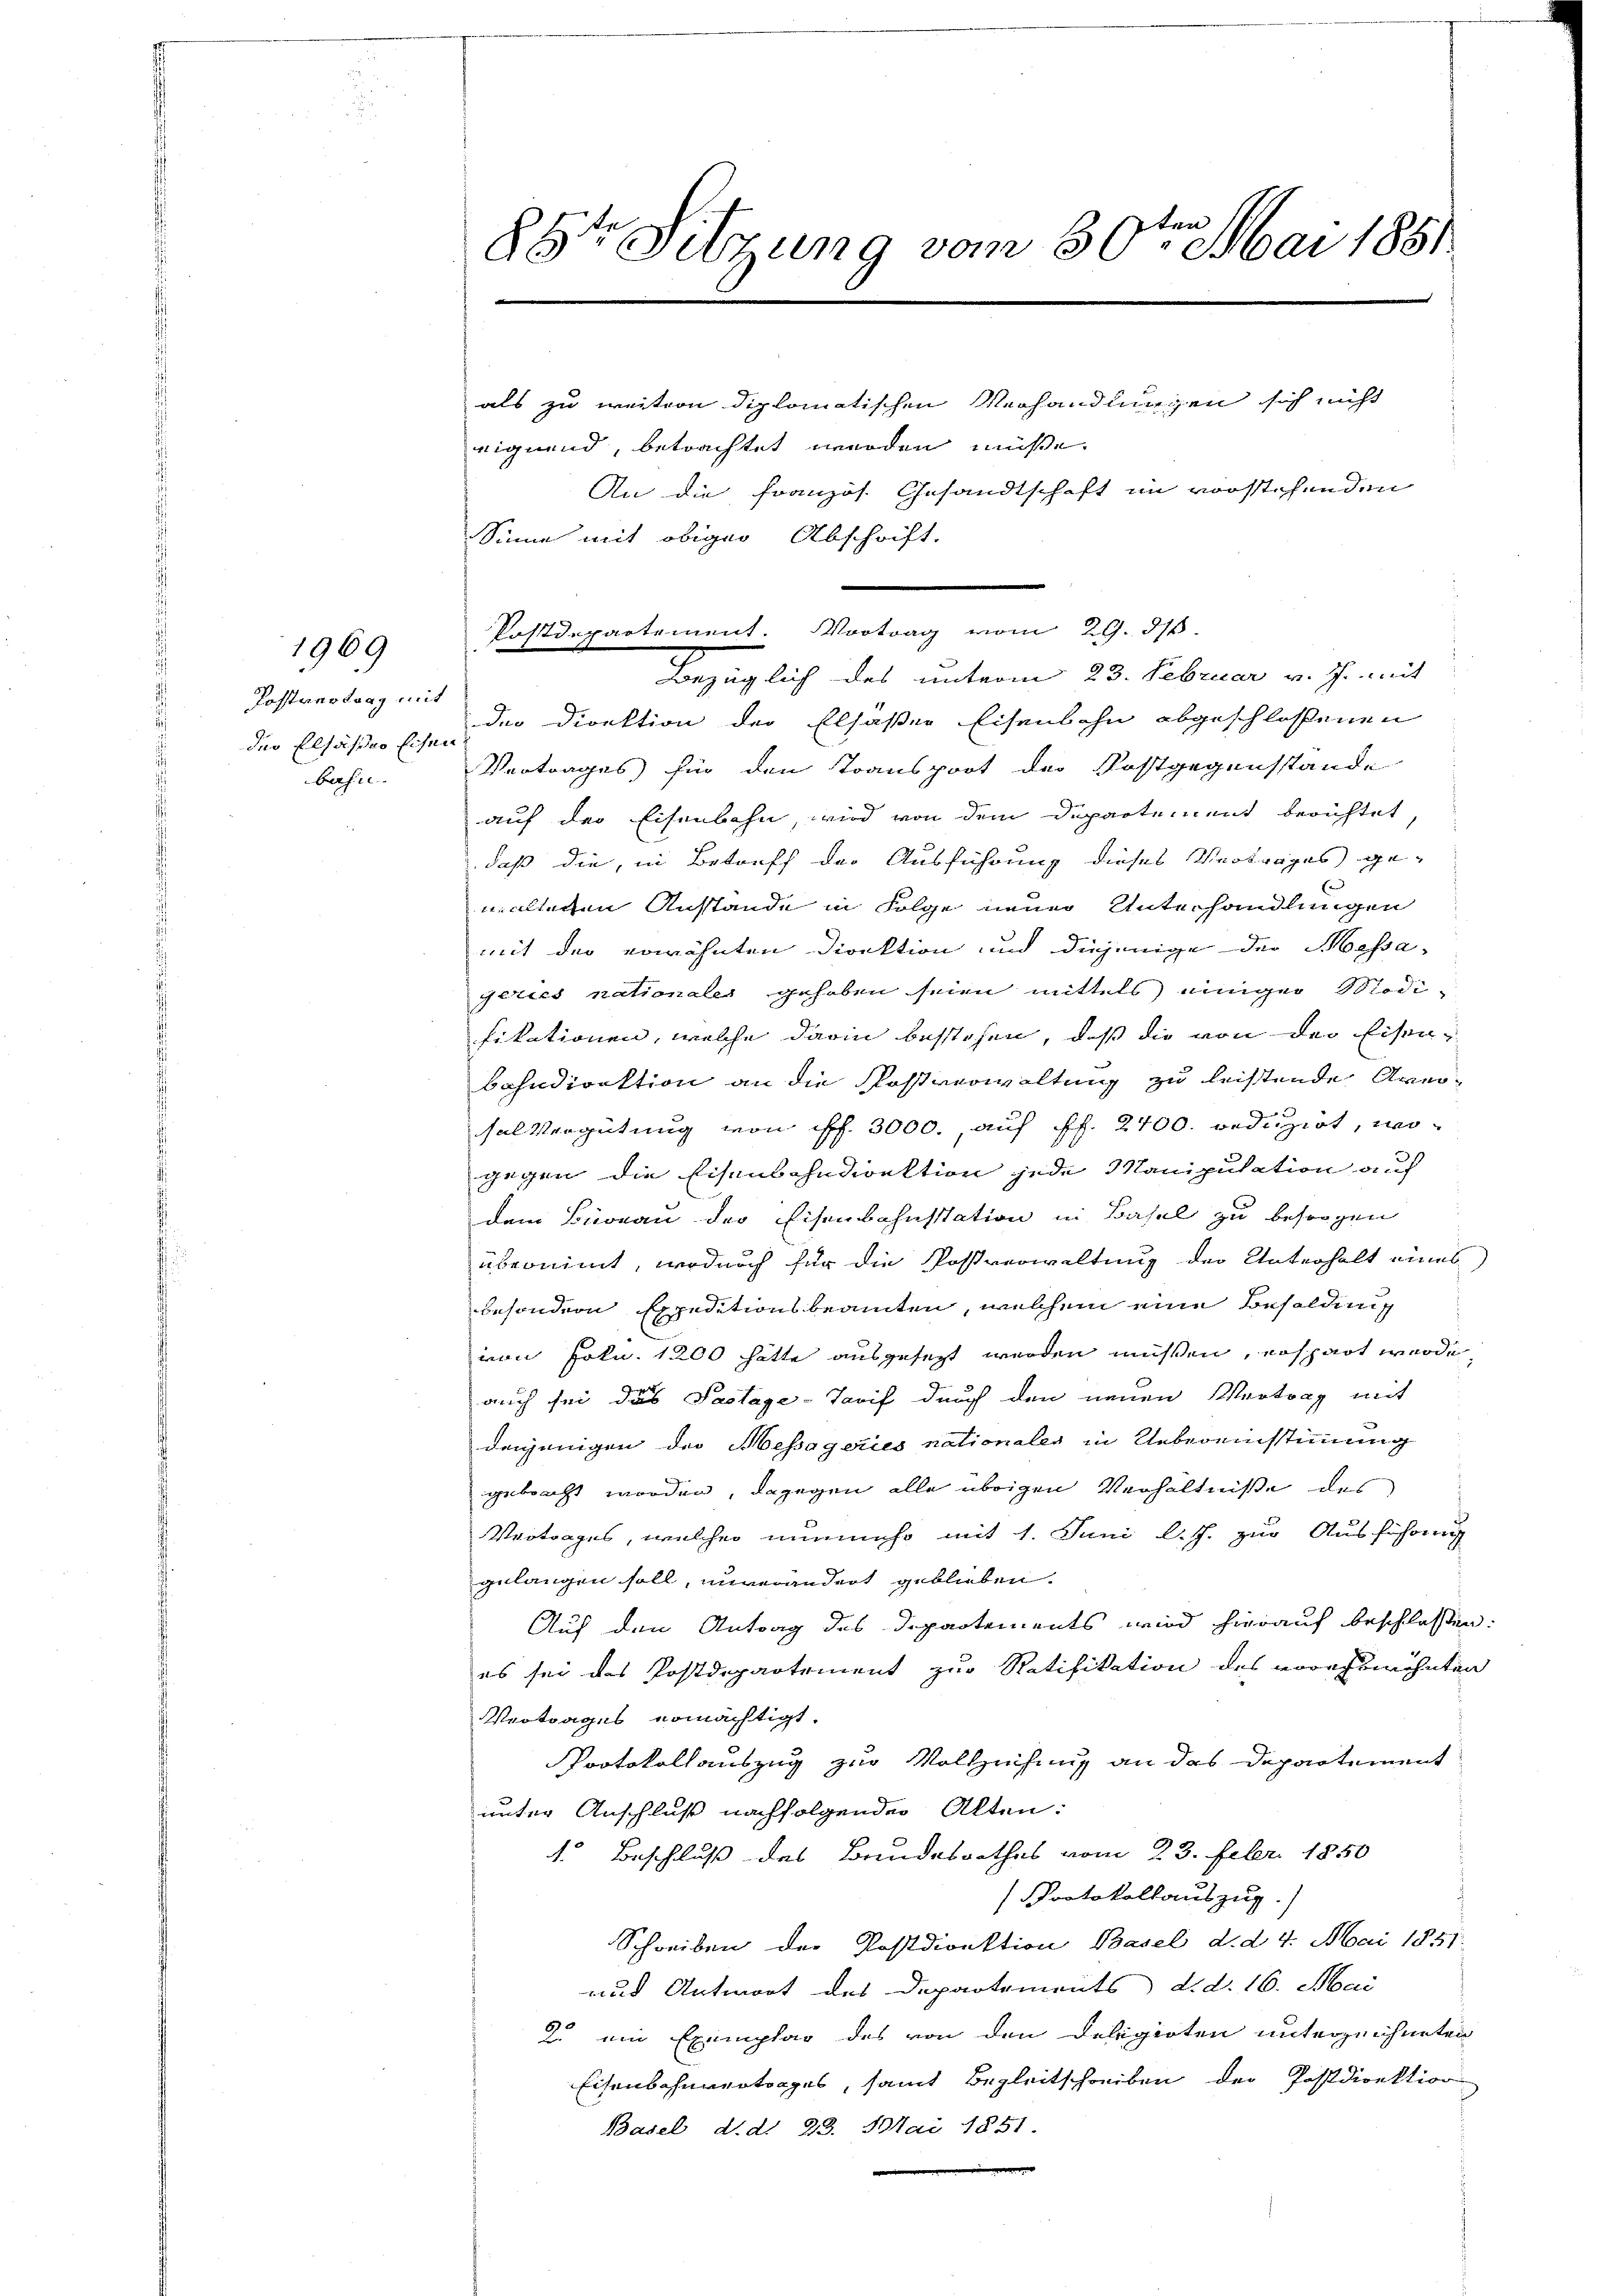
Kostvertrag mit
der Elsässer Eisen
bahn

1969

n
88ter Sitzung vom 30. Mai 1881

Postdepartement. Vortrag vom 29. d.

als zu weitern diplomatischen Verhandlungen sich nicht
eignend, betrachtet werden müsse.
An die Französ. Gesandtschaft im vorstehenden
Sinne mit obiger Abschrift.
Bezüglich des unterm 23. Februar v. Js. mit
der Direktion der Elsasser Eisenbahn abgeschlossenen
Vertrages für den Transport der Postgegensstande
auf der Eisenbahn, wird von dem Departement berichtet
 daß die, in Betreff der Ausführung dieses Vertrages gemalteren Anstande in Folge neuer Unterhandlungen
mit der erwähnten Direktion und diejenige der Massa-
geries nationales gehoben seien mittels einiger Modifikationen, welche darin bestehen, daß die von der Eisenbahndirektion an die Postverwaltung zu leistende Aversal Vergütung von off. 3000., auf fl. 2400. reduzirt, wogegen die Eisenbahndirektion jede Manipulation auf
dem Büreau der Eisenbahnstation in Basel zu besorgen
übernimmt, wodurch für die Postverwaltung der Unterhalt eines
besondern Expeditionsbeamten, welchem eine Besoldung
von Frkn. 1200 hätte ausgesezt werden müßen, erspart werde,
auch sei das Testage-Tarif durch den neuen Vortrag mit
denjenigen der Messageries nationalen in Uebereinstimmung
gebracht worden, dagegen alle übrigen Verhältniße des
Vertrages, welcher nunmehr mit 1. Juni l.J. zur Ausführung
gelangen soll, unverändert geblieben.
Auf den Antrag des Departements wird hierauf beschlossen:
es sei des Postdepartement zur Ratifikation des vorehswöhnten
Vertrages ermächtigt.
Protokollauszug zur Vollziehung an das Departement
unter Anschluß nachfolgenden Alten:
1. Beschluß des Bundesrathes vom 23. Febr. 1850
Protokollauszug.)
Schreiben der Postdirektion Basel d. d. 4. Mai 1851.
und Antwort des Departements d. d. 16. Mai
2. ein Exemplar des von den Delegioten unterzeichneten
Eisenbahnvertrages, samt Begleitschreiben der Postdirektion
Basel, d. d. 23. Mai 1851.